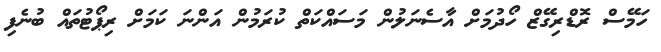
ހަމޭސް ރޮޑްރިގޭޒް ހޯދުމަށް އާސެނަލުން މަސައްކަތް ކުރަމުން އަންނަ ކަމަށް ރިޕޯޓުތައް ބުނެފި